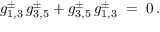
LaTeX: g _ { 1 , 3 } ^ { \pm } \, g _ { 3 , 5 } ^ { \pm } + g _ { 3 , 5 } ^ { \pm } \, g _ { 1 , 3 } ^ { \pm } \; = \; 0 \, .